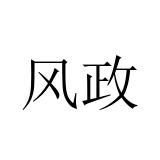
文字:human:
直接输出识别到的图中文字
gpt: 风政